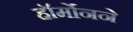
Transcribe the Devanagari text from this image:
हॉर्मोनने